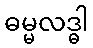
ဓမ္မလဒ္ဓါ